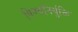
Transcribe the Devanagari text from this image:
पिण्डनिर्युक्ति